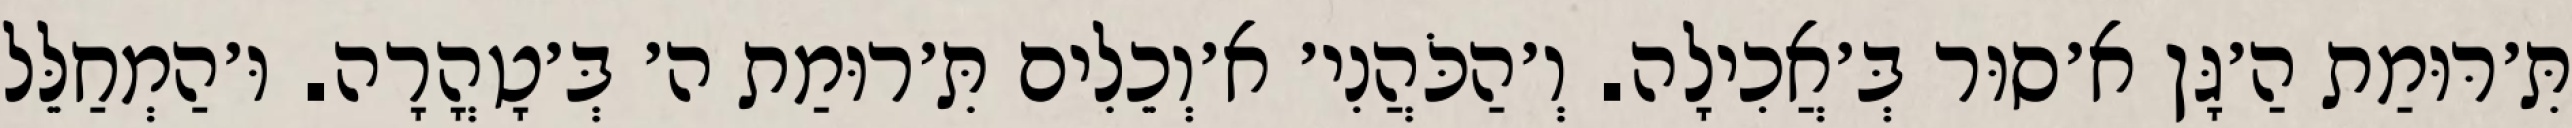
תִּ׳רּוּמַת הַ׳גָּן א׳סוּר בְּ׳אֲכִילָה. וְ׳הַכֹּהֲנִי׳ א׳וְכֵלִים תִּ׳רוּמַת ה׳ בְּ׳טָהֳרָה. וּ׳הַמְחַלֵּל